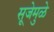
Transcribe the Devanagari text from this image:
सूजेमुळे